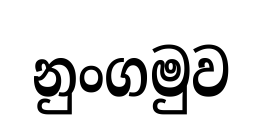
නුංගමුව